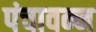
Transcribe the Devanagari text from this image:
पंचावन्न